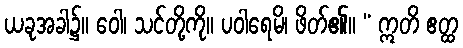
ယခုအခါ၌။ ဝေါ၊ သင်တို့ကို။ ပဝါရေမိ၊ ဖိတ်၏။ “ ဣတိ ဧတ္ထ